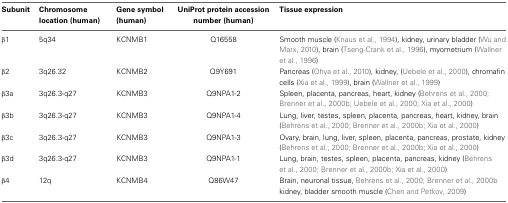
<table><thead><tr><td><b>Subunit</b></td><td><b>Chromosome location (human)</b></td><td><b>Gene symbol (human)</b></td><td><b>UniProt protein accession number (human)</b></td><td><b>Tissue expression</b></td></tr></thead><tbody><tr><td>β1</td><td>5q34</td><td>KCNMB1</td><td>Q16558</td><td>Smooth muscle (Knaus et al., 1994), kidney, urinary bladder (Wu and Marx, 2010), brain (Tseng-Crank et al., 1996), myometrium (Wallner et al., 1996)</td></tr><tr><td>β2</td><td>3q26.32</td><td>KCNMB2</td><td>Q9Y691</td><td>Pancreas (Ohya et al., 2010), kidney, (Uebele et al., 2000), chromafin cells (Xia et al., 1999), brain (Wallner et al., 1999)</td></tr><tr><td>β3a</td><td>3q26.3-q27</td><td>KCNMB3</td><td>Q9NPA1-2</td><td>Spleen, placenta, pancreas, heart, kidney (Behrens et al., 2000; Brenner et al., 2000b; Uebele et al., 2000; Xia et al., 2000)</td></tr><tr><td>β3b</td><td>3q26.3-q27</td><td>KCNMB3</td><td>Q9NPA1-4</td><td>Lung, liver, testes, spleen, placenta, pancreas, heart, kidney, brain (Behrens et al., 2000; Brenner et al., 2000b; Xia et al., 2000)</td></tr><tr><td>β3c</td><td>3q26.3-q27</td><td>KCNMB3</td><td>Q9NPA1-3</td><td>Ovary, brain, lung, liver, spleen, placenta, pancreas, prostate, kidney (Behrens et al., 2000; Brenner et al., 2000b; Xia et al., 2000)</td></tr><tr><td>β3d</td><td>3q26.3-q27</td><td>KCNMB3</td><td>Q9NPA1-1</td><td>Lung, brain, testes, spleen, placenta, pancreas, kidney (Behrens et al., 2000; Brenner et al., 2000b; Xia et al., 2000)</td></tr><tr><td>β4</td><td>12q</td><td>KCNMB4</td><td>Q86W47</td><td>Brain, neuronal tissue, Behrens et al., 2000; Brenner et al., 2000b kidney, bladder smooth muscle (Chen and Petkov, 2009)</td></tr></tbody></table>